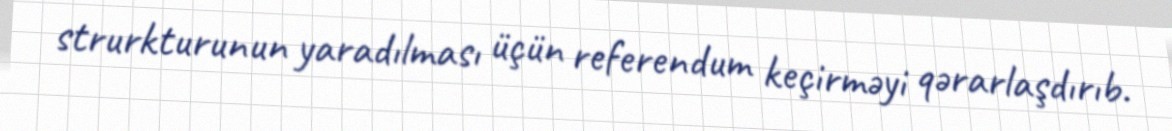
strurkturunun yaradılması üçün referendum keçirməyi qərarlaşdırıb.